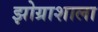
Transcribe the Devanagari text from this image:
झोग्राशाला